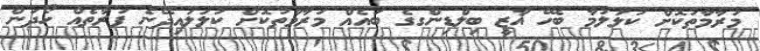
މަރާމާތުކޮށް ކުލަލުމާ ބެހޭ ޣާޒީ ބިލްޑިންގގެ ބައެއް މަރާމާތުކޮށް ކުލަލައިދޭނެ ފަރާތެއް ހޯދަން